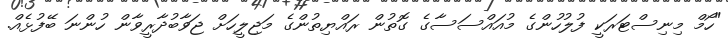
"ހޯމް މިނިސްޓަރަކީ ފުލުހުންގެ މުއައްސަސާގެ ގޮތުން ރައްޔިތުންގެ މަޖިލީހަށް ޖަވާބުދާރީވާން ހުންނަ ބޭފުޅެއް.